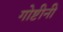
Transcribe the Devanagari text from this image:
गोष्टीनी